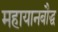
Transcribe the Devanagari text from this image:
महायानबौद्ध